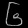
Digit: ၆